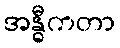
အန္ဓီကတာ